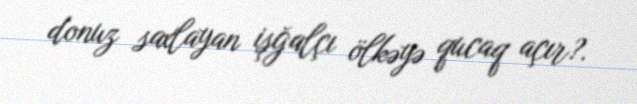
donuz saxlayan işğalçı ölkəyə qucaq açır?.